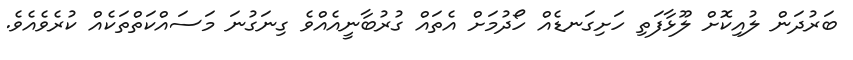
ބަރުދަން ލުއިކޮށް ލޫޅާފަތި ހަށިގަނޑެއް ހޯދުމަށް އެތައް ގުރުބާނީއެއްވެ ގިނަގުނަ މަސައްކަތްތަކެއް ކުރެވެއެވެ.